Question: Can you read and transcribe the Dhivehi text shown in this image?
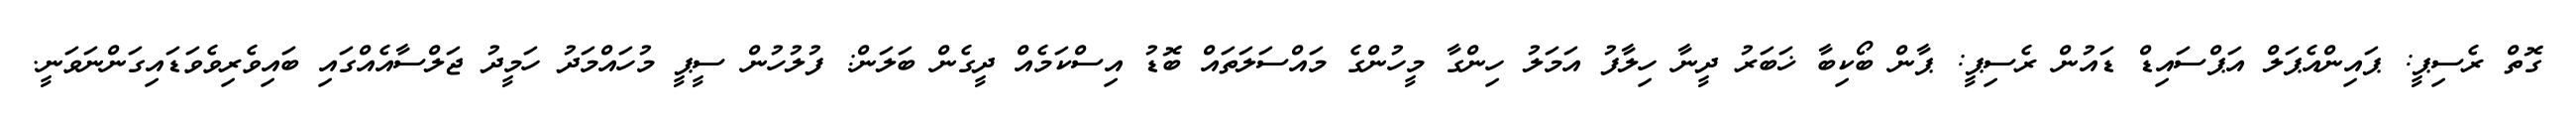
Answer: ގޮތް ރެސިޕީ: ޕައިންއެޕަލް އަޕްސައިޑް ޑައުން ރެސިޕީ: ޕާން ބޯކިބާ ޚަބަރު ދީނާ ހިލާފު އަމަލު ހިންގާ މީހުންގެ މައްސަލަތައް ބޮޑު އިސްކަމެއް ދީގެން ބަލަން: ފުލުހުން ސީޕީ މުހައްމަދު ހަމީދު ޖަލްސާއެއްގައި ބައިވެރިވެވަޑައިގަންނަވަނީ.